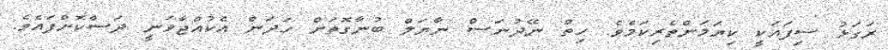
ރަގަޅު ސިފައަކީ ކިޔަމަންތެރިކަމެވެ. ހިތް ނޭދުނަސް ނާޔަލް ބުނާގޮތަށް ހަދަން އެކުއްޖާވަނީ ދަސްކޮށްފައެވެ.